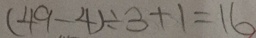
( 4 9 - 4 ) \div 3 + 1 = 1 6